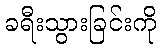
ခရီးသွားခြင်းကို